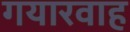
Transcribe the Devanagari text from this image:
गयारवाह